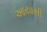
આયાસી